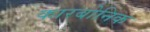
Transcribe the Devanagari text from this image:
कारबोनिक